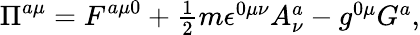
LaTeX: \Pi^{a\mu}=F^{a\mu 0}+\textstyle{\frac{1}{2}}m\epsilon^{0\mu\nu}A_{\nu}^{a}-g^{0\mu}G^{a},